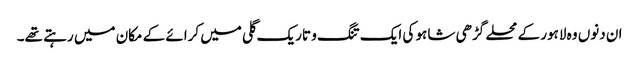
ان دنوں وہ لاہور کے محلے گڑھی شاہو کی ایک تنگ و تاریک گلی میں کرائے کے مکان میں رہتے تھے۔